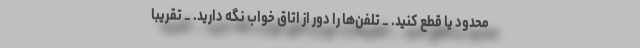
محدود یا قطع کنید. _ تلفن‌ها را دور از اتاق خواب نگه دارید. _ تقریباً